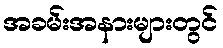
အခမ်းအနားများတွင်